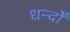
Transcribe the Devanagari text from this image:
धन्दोँ